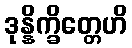
ဒုန္နိက္ခိတ္တေဟိ